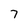
Character: 7